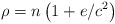
\begin{align*}\rho=n\left( 1+e/c^{2}\right) \end{align*}